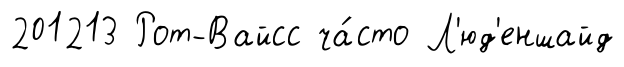
201213 Рот-Вайсс ча́сто Л'юд'еншайд